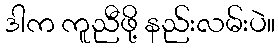
ဒါက ကူညီဖို့ နည်းလမ်းပဲ။